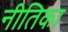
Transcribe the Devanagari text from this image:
नीतिका